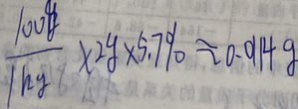
\frac { 1 0 0 g } { 1 k g } \times 2 g \times 5 . 7 \% \approx 0 . 0 1 1 4 g